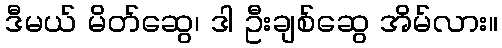
ဒီမယ် မိတ်ဆွေ၊ ဒါ ဦးချစ်ဆွေ အိမ်လား။